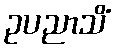
ဥပညာသိံ